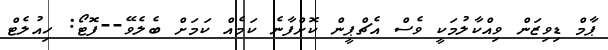
ޕާމް ޑިވިޒަން ވިއްކާލުމަކީ ވެސް އެޗްޕީން ކޮށްފާނެ ކަމެއް ކަމަށް ބެލެވޭ--ފޮޓޯ: ހިއުލެޓް